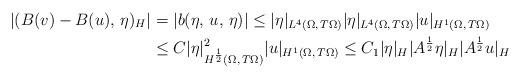
LaTeX: \begin{align*} |(B(v)-B(u),\,\eta)_H|&=|b(\eta,\,u,\,\eta)|\le|\eta|_{L^4(\Omega,\,T\Omega)}|\eta|_{L^4(\Omega,\,T\Omega)}|u|_{H^1(\Omega,\,T\Omega)}\\&\le C|\eta|_{H^{\frac{1}{2}}(\Omega,\,T\Omega)}^2|u|_{H^1(\Omega,\,T\Omega)}\le C_1|\eta|_H|A^{\frac{1}{2}}\eta|_H|A^{\frac{1}{2}}u|_H \end{align*}